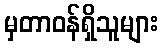
မှတာဝန်ရှိသူများ